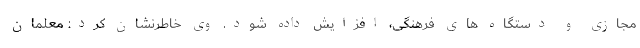
مجازی و دستگاه های فرهنگی، افزایش داده شود. وی خاطرنشان کرد: معلمان